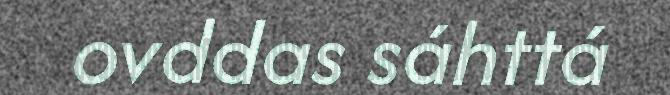
ovddas sáhttá